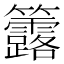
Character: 𥸐